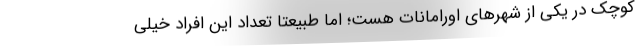
كوچك در يكي از شهرهاي اورامانات هست؛ اما طبيعتا تعداد اين افراد خيلي